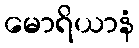
မောရိယာနံ